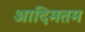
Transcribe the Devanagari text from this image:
आदिमतम